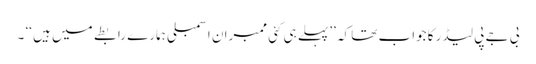
بی جے پی لیڈر کا جواب تھا کہ ’’پہلے ہی کئی ممبران اسمبلی ہمارے رابطے میں ہیں ‘‘ ۔